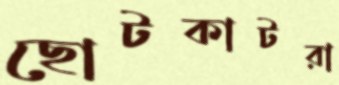
ছোটকাটরা